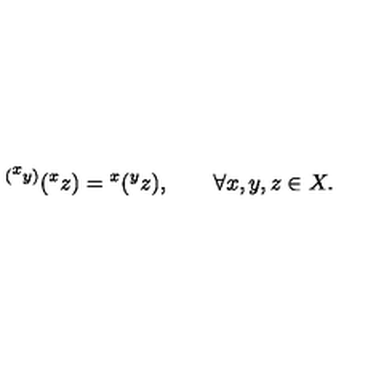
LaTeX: { } ^ { ( { } ^ { \scriptstyle x } y ) } ( { } ^ { x } z ) = { } ^ { x } ( { } ^ { y } z ) , \qquad \forall x , y , z \in X .